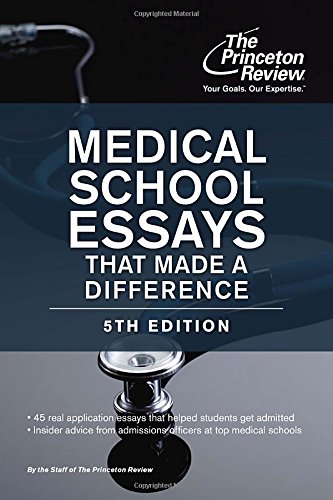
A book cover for Medical School Essays That Made a Difference, 5th Edition (Graduate School Admissions Guides); Princeton Review; Education & Teaching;